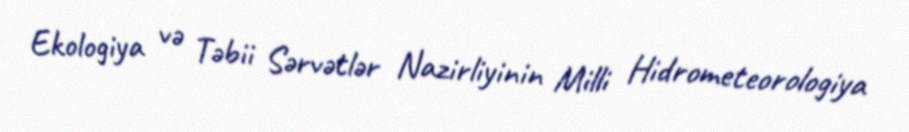
Ekologiya və Təbii Sərvətlər Nazirliyinin Milli Hidrometeorologiya